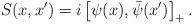
LaTeX: \begin{align*}S(x,x^{\prime })=i\left[ \psi (x),\bar{\psi}(x^{\prime })\right] _{+}.\end{align*}